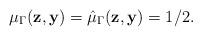
LaTeX: \begin{align*} \mu_{\Gamma} ( \mathbf{z}, \mathbf{y} ) = \hat{\mu}_{\Gamma} ( \mathbf{z}, \mathbf{y} ) = 1/2. \end{align*}